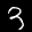
Label: 3